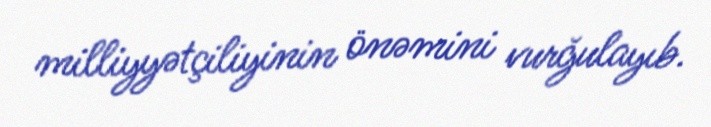
milliyyətçiliyinin önəmini vurğulayıb.